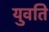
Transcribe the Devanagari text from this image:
युवति